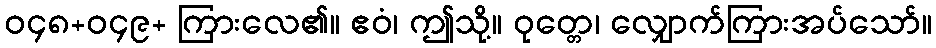
ဝ၄၈+ဝ၄၉+ ကြားလေ၏။ ဧဝံ၊ ဤသို့။ ဝုတ္တေ၊ လျှောက်ကြားအပ်သော်။